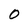
Character: 0